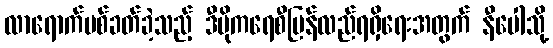
လာရောက်ပစ်ခတ်ခဲ့သည့် ဒီမိုကရေစီပြန်လည်ရရှိရေးအတွက် နီပေါသို့